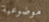
موضوعية